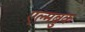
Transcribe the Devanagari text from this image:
एल्मब्रुक